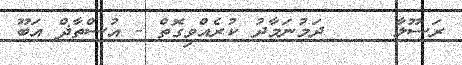
ރަސޫލާ     ދަމުނަމާދު ކުރެއްވިގޮތް - އުސްތާޛް އަބޫ